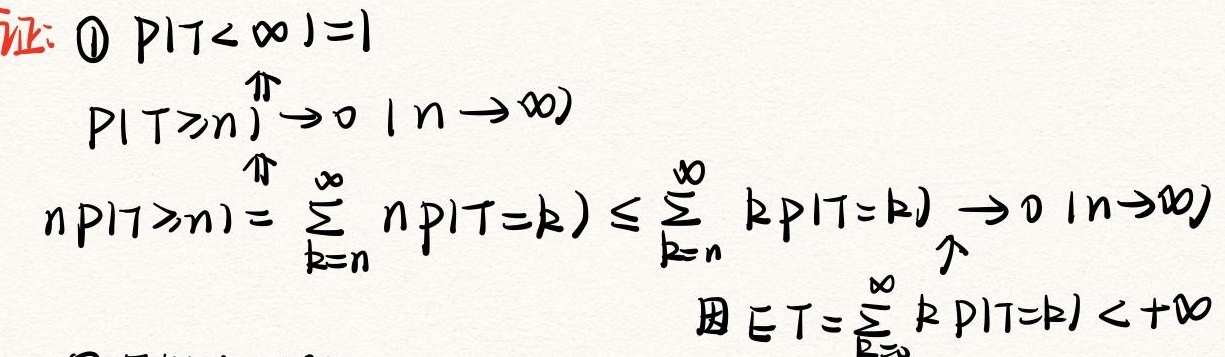
证: \textcircled{1} $P\{T<\infty\}=1$
$P\{T\geq n\}\xrightarrow{n\to\infty}0$
$nP\{T\geq n\}=\sum_{k = n}^{\infty}nP\{T = k\}\leq\sum_{k = n}^{\infty}kP\{T = k\}\xrightarrow{n\to\infty}0$
因 $ET=\sum_{k = 1}^{\infty}kP\{T = k\}<+\infty$